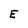
Character: E